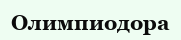
Олимпиодора